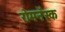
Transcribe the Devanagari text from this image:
रोमनॅस्क